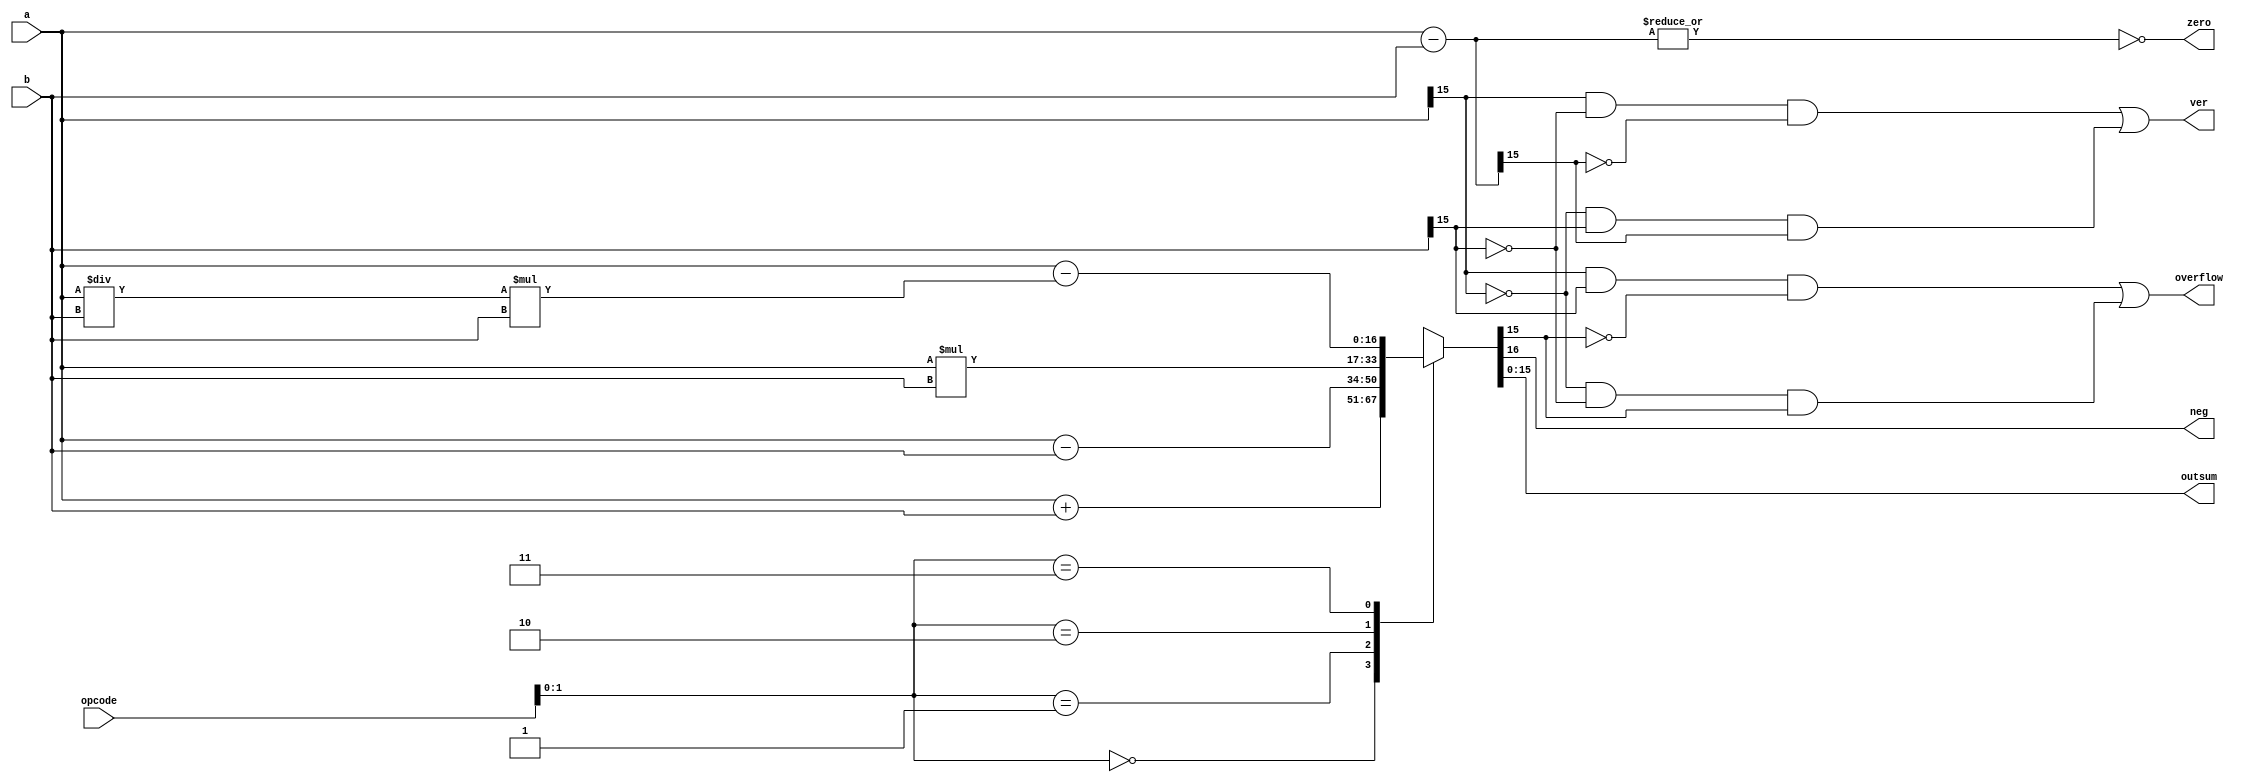
module adder_21 (
    input [5:0] opcode,
    input [15:0] a,
    input [15:0] b,
    output reg zero,
    output reg ver,
    output reg neg,
    output reg [15:0] outsum,
    output reg overflow
  );
  
  
  
  reg [16:0] actualsum;
  
  reg [15:0] negative;
  
  always @* begin
    negative = a - b;
    
    case (opcode[0+1-:2])
      2'h0: begin
        actualsum = a + b;
      end
      2'h1: begin
        actualsum = a - b;
      end
      2'h2: begin
        actualsum = a * b;
      end
      2'h3: begin
        actualsum = a - ((a / b) * b);
      end
      default: begin
        actualsum = a + b;
      end
    endcase
    outsum = actualsum[0+15-:16];
    ver = (a[15+0-:1] & ~b[15+0-:1] & (~negative[15+0-:1])) | ((~a[15+0-:1]) & (b[15+0-:1]) & negative[15+0-:1]);
    zero = (~|negative);
    neg = actualsum[16+0-:1];
    overflow = (a[15+0-:1] & b[15+0-:1] & (~actualsum[15+0-:1])) | ((~a[15+0-:1]) & (~b[15+0-:1]) & actualsum[15+0-:1]);
  end
endmodule